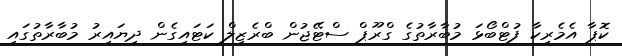
ކޮޕާ އެމެރިކާ ފުޓްބޯޅަ މުބާރާތުގެ ގްރޫޕް ސްޓޭޖުން ބްރެޒިލް ކަޓައިގެން ދިޔައިރު މުބާރާތުގައި